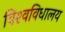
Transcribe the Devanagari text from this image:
विश्‍वविधालय